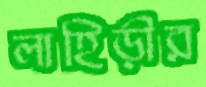
লাহিড়ীর